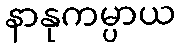
နာနုကမ္ပာယ